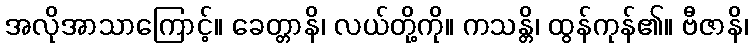
အလိုအာသာကြောင့်။ ခေတ္တာနိ၊ လယ်တို့ကို။ ကသန္တိ၊ ထွန်ကုန်၏။ ဗီဇာနိ၊